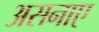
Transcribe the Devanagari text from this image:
असनाए